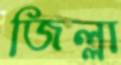
জিল্লা